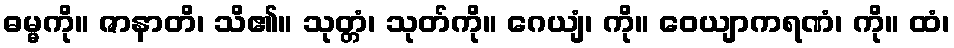
ဓမ္မကို။ ဇာနာတိ၊ သိ၏။ သုတ္တံ၊ သုတ်ကို။ ဂေယျံ၊ ကို။ ဝေယျာကရဏံ၊ ကို။ ထံ၊